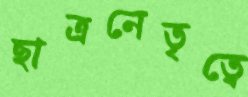
ছাত্রনেতৃত্বে